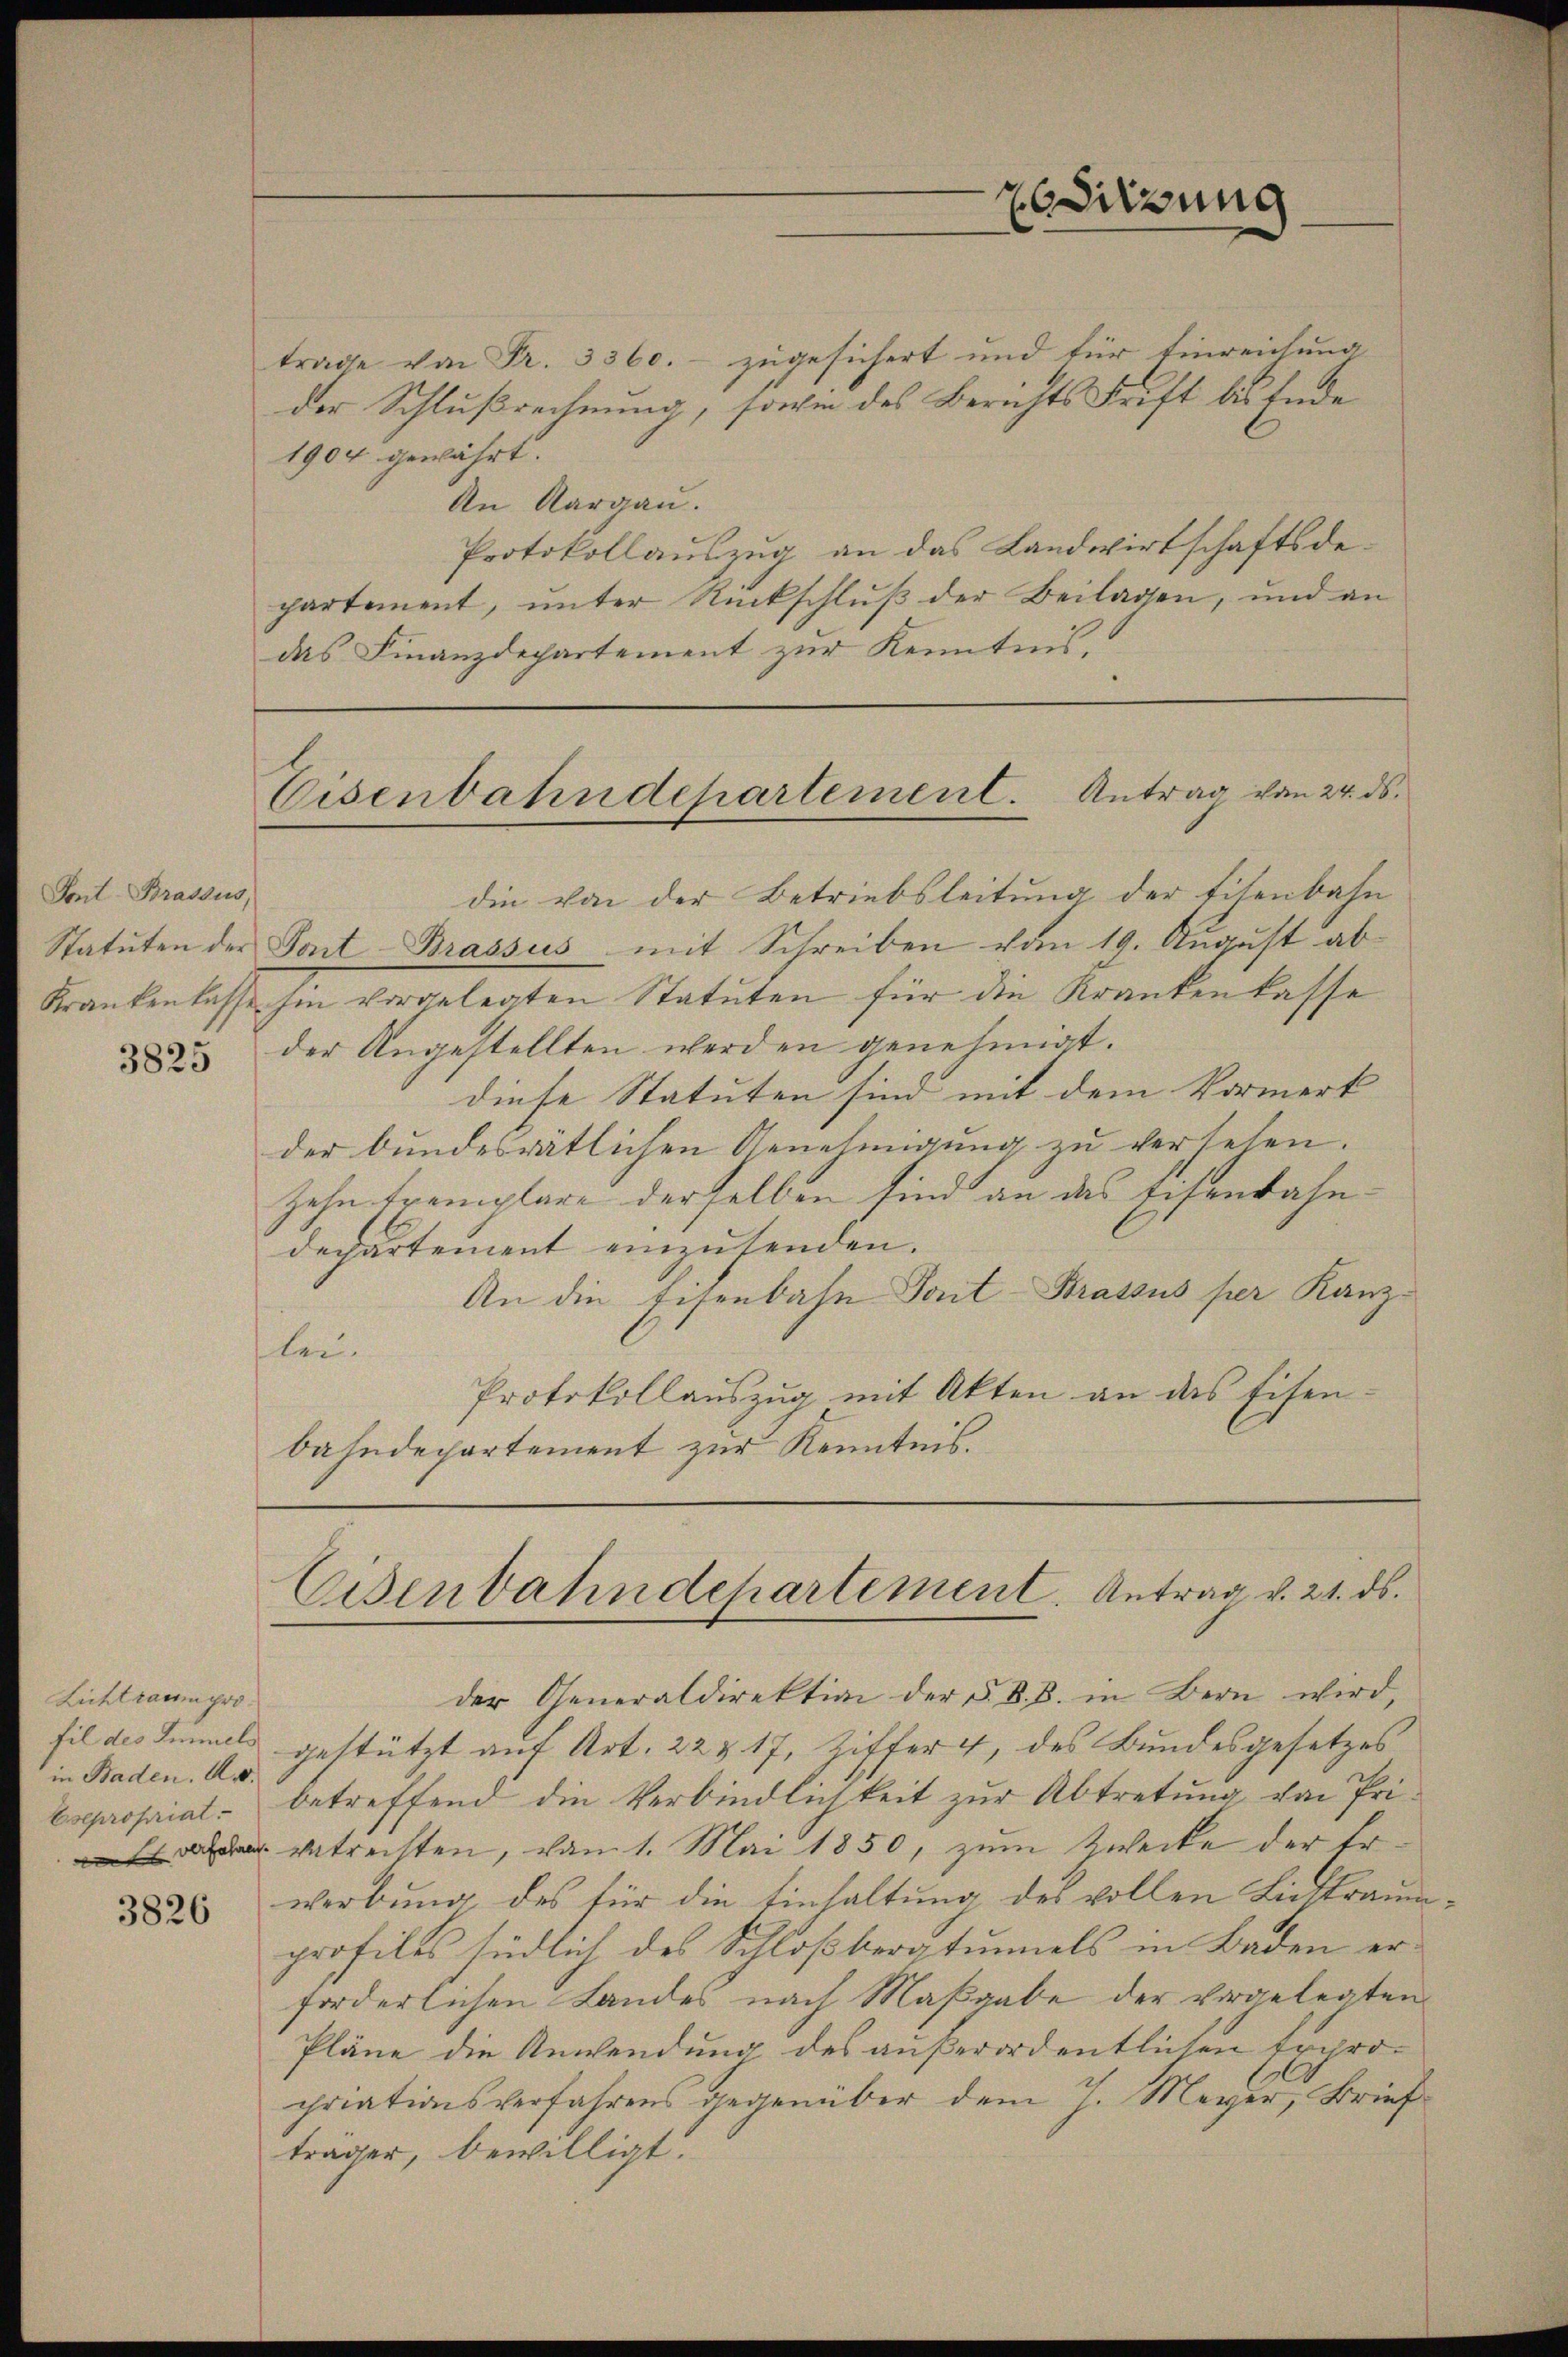
Sont Brassus,

Lichtraum proin Baden. A. v.

3826

trage von Fr. 3360. - zugesichert und für Einreichung
der Schlußrechnung, sowie des Berichts Frift bis Ende
1904 gewährt.
An Aargau.
Protokollauszug an das Landwirtschaftsdepartement, unter Rückschluß der Beilagen, und an
das Finanzdepartement zur Kenntnis,

Editzung

die von der Betriebsleitung der Eisenbahn
Statuten der Sont Brassus mit Schreiben vom 19. August ab¬
Krankenlasse hin vorgelegten Statuten für die Krankenkasse
 der Angestellten werden genehmigt.
diese Statuten sind mit dem Vormerk
der bundesrätlichen Genehmigung zu versehen.
zehn tremplare derselben sind an das Eisenbahndepartement einzusenden.
An die Eisenbahn Fort-Brassus per Kanzlei.
Protokollauszug mit Akten an das Eisenbahndepartement zur Kenntnis.

Cisenbahndepartement. Antrag von 24. ds.

Eisenbahndepartement. Antrag v. 21. ds.

der Generaldirektion der §. 8. B. in Bern wird,
fil des Immel gestützt auf Art. 22 § 17, Ziffer 4, des Bundesgesetzes
Expropriat - betreffend die Verbindlichkeit zur Abtretung von Pri¬
 getrechten, vom 1. Mai 1850, zum Zwecke der Erwerbung des für die Einhaltung des vollen Lichtraumprofiles südlich des Schloßbergtunnels in Baden erforderlichen Landes nach Maßgabe der vorgelegten
Pläne die Anwendung des außerordentlichen Exprocriationsverfahrens gegenüber dem J. Meyer, Brief
träger, bewilligt.